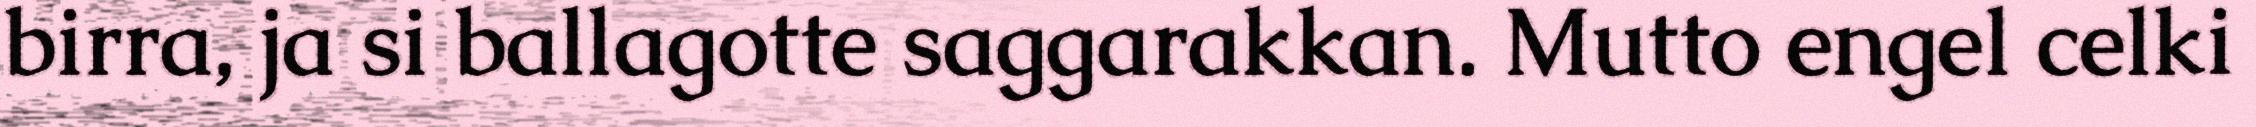
birra, ja si ballagotte saggarakkan. Mutto engel celki